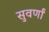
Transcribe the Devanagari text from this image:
सुवर्णां